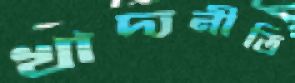
খাদ্যনীতি